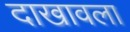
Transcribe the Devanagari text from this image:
दाखावला